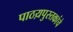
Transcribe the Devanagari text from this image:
पाठय़पुस्तकांचे